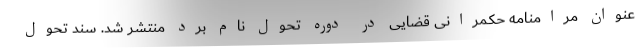
عنوان مرامنامه حکمرانی قضایی در دوره تحول نام برد منتشر شد. سند تحول